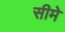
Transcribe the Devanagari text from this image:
सीमे